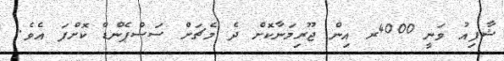
ޝާފިއު ވަނީ 4000ރ އިން ޖޫރިމަނާކޮށް ދެ މެޗަށް ސަސްޕެންޑް ކޮށްފަ އެވެ.